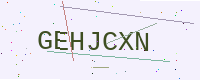
Text: GEHJCXN